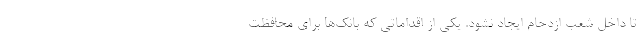
تا داخل شعب ازدحام ایجاد نشود. یکی از اقداماتی که بانک‌ها برای محافظت